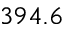
3 9 4 . 6